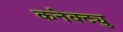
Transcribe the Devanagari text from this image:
कनेक्ट्यु